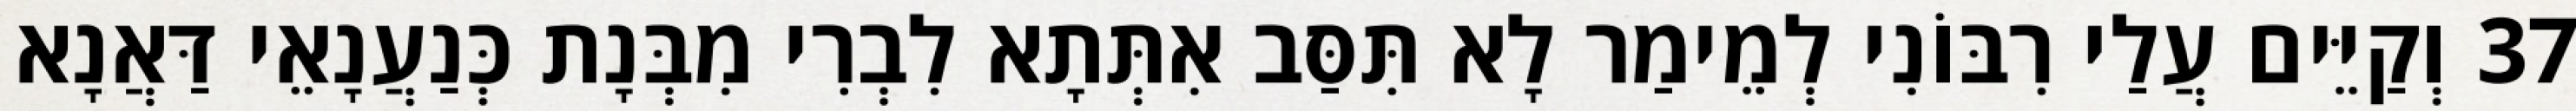
37 וְקַיֵּים עֲלַי רִבּוֹנִי לְמֵימַר לָא תִּסַּב אִתְּתָא לִבְרִי מִבְּנָת כְּנַעֲנָאֵי דַּאֲנָא